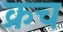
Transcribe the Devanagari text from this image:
क्रच